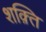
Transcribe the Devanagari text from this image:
शक़्ति